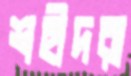
শহীদরা